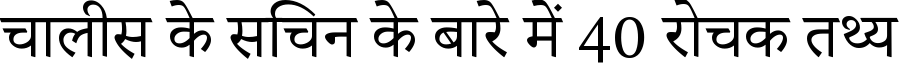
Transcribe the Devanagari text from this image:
चालीस के सचिन के बारे में 40 रोचक तथ्य